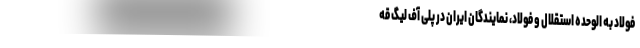
فولاد به الوحده استقلال و فولاد، نمایندگان ایران در پلی آف لیگ قه